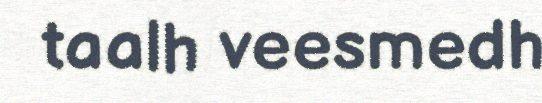
taalh veesmedh